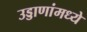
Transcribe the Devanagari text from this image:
उड्डाणांमध्ये